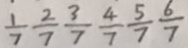
\frac { 1 } { 7 } \frac { 2 } { 7 } \frac { 3 } { 7 } \frac { 4 } { 7 } \frac { 5 } { 7 } \frac { 6 } { 7 }